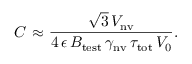
C ~ { \approx } ~ \frac { \sqrt { 3 } \, V _ { \mathrm { n v } } } { 4 \, \epsilon \, B _ { \mathrm { t e s t } } \, \gamma _ { \mathrm { n v } } \, \tau _ { \mathrm { t o t } } \, V _ { 0 } } .